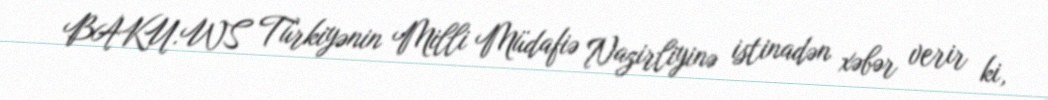
BAKU.WS Türkiyənin Milli Müdafiə Nazirliyinə istinadən xəbər verir ki,